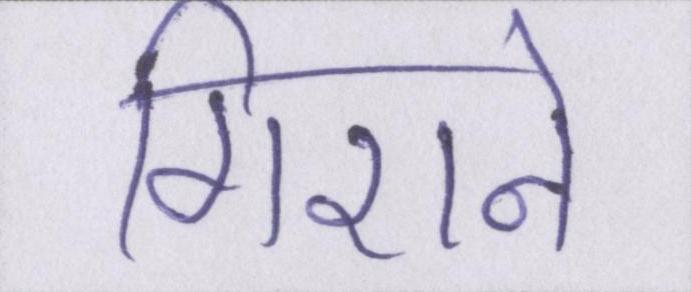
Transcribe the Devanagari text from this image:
गिराने